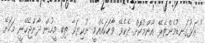
" އަޅުގަނޑުމެންތެރޭ އާންމުކޮށް ދެކެވޭ ވާހަކައެއްމީ ނުކިޔަވާ ތިބި މީހުން ދާންޖެހޭނީ މަހަށޭ.